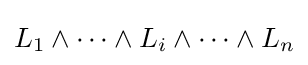
L_{1}\land \cdots \land L_{i}\land \cdots \land L_{n}